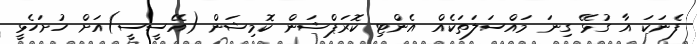
ފެނަކަ އާ ގުޅޭ ގިނަ މައްސަލަތަކެއް އެންޓި ކޮރަޕްޝަން ކޮމިޝަން (އޭސީސީ)އަށް ހުށަހެޅީ